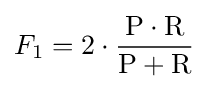
F_{1}=2\cdot {\frac {\mathrm {P} \cdot \mathrm {R} }{\mathrm {P} +\mathrm {R} }}